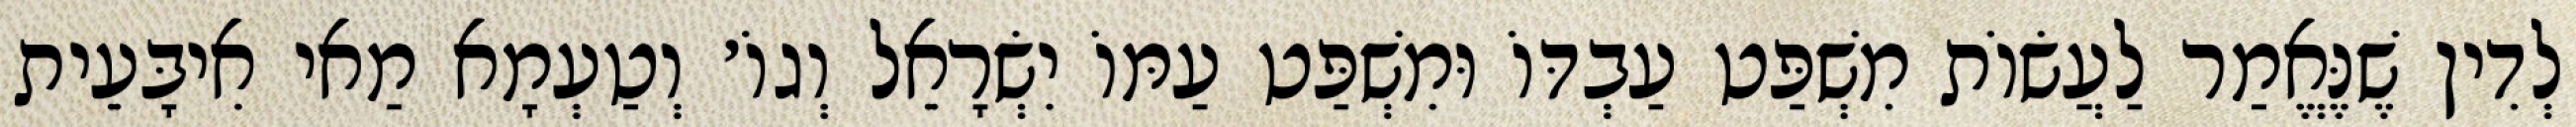
לְדִין שֶׁנֶּאֱמַר לַעֲשׂוֹת מִשְׁפַּט עַבְדּוֹ וּמִשְׁפַּט עַמּוֹ יִשְׂרָאֵל וְגוֹ׳ וְטַעְמָא מַאי אִיבָּעֵית